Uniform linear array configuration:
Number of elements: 48
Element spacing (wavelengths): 0.25
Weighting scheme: kaiser
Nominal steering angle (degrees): -45
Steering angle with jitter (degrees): -45.184
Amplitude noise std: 0.05
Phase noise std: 0.05

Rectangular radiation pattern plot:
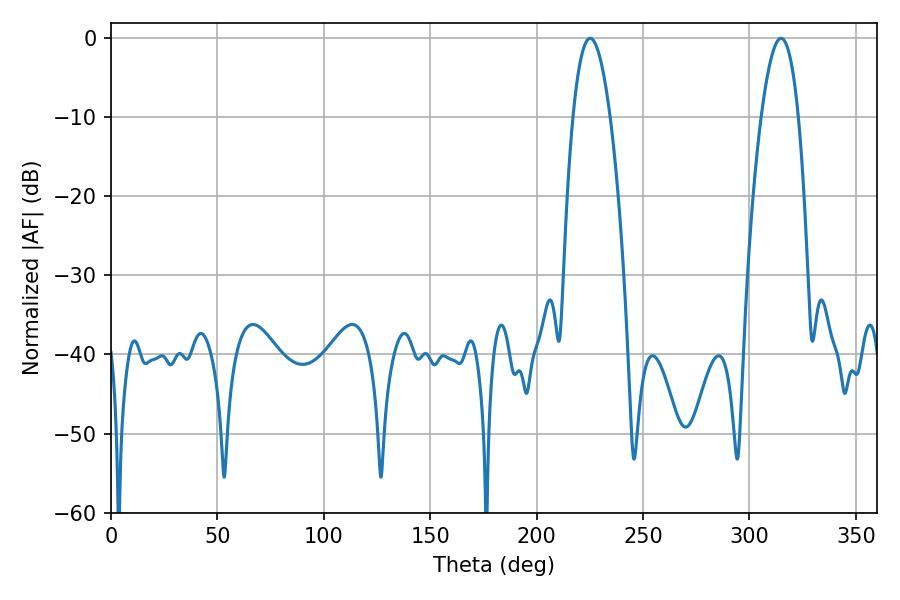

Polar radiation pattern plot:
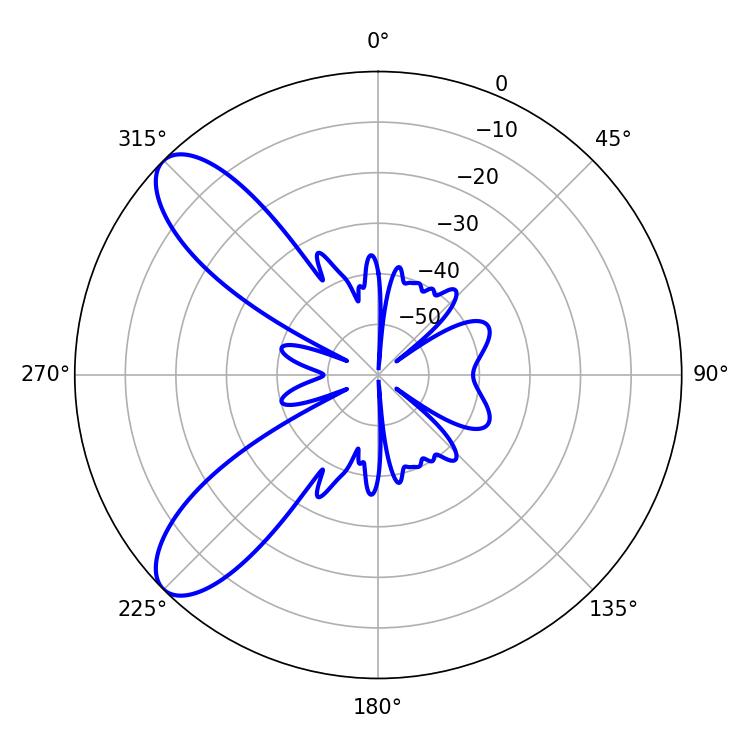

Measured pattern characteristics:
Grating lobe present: FALSE
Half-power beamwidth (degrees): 9.72
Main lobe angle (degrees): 225.18